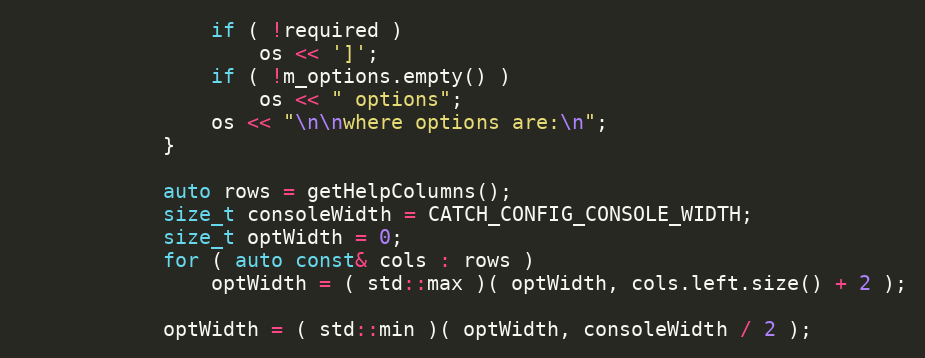
Language: C++
                if ( !required )
                    os << ']';
                if ( !m_options.empty() )
                    os << " options";
                os << "\n\nwhere options are:\n";
            }

            auto rows = getHelpColumns();
            size_t consoleWidth = CATCH_CONFIG_CONSOLE_WIDTH;
            size_t optWidth = 0;
            for ( auto const& cols : rows )
                optWidth = ( std::max )( optWidth, cols.left.size() + 2 );

            optWidth = ( std::min )( optWidth, consoleWidth / 2 );